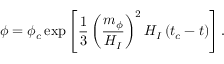
\phi = \phi _ { c } \exp \left[ \frac { 1 } { 3 } \left( \frac { m _ { \phi } } { H _ { I } } \right) ^ { 2 } H _ { I } \left( t _ { c } - t \right) \right] .